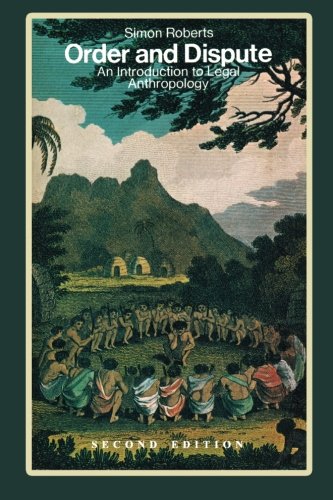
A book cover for Order and Dispute: An Introduction to Legal Anthropology (Classics of Law & Society); Simon Roberts; Law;